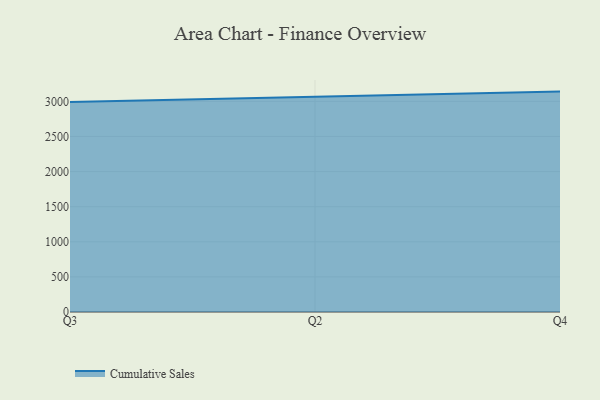
{"axis": {"x": "Quarter", "y": "Conversion Rate (%)"}, "legend": ["Cumulative Sales"], "data": [{"x": "Q3", "y": 2990.7, "type": "Cumulative Sales"}, {"x": "Q2", "y": 3066.9, "type": "Cumulative Sales"}, {"x": "Q4", "y": 3139.2, "type": "Cumulative Sales"}]}